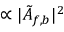
\propto \vert \tilde { A } _ { f , b } \vert ^ { 2 }